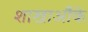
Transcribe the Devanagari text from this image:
शाखाऔंके